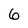
Character: 6